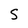
Character: S